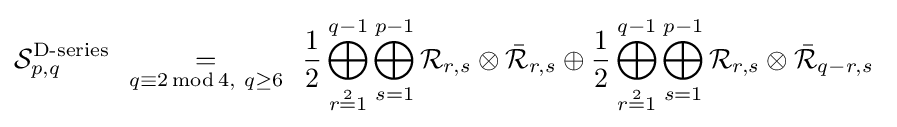
{\mathcal {S}}_{p,q}^{\text{D-series}}\ \ {\underset {q\equiv 2\operatorname {mod} 4,\ q\geq 6}{=}}\ \ {\frac {1}{2}}\bigoplus _{r{\overset {2}{=}}1}^{q-1}\bigoplus _{s=1}^{p-1}{\mathcal {R}}_{r,s}\otimes {\bar {\mathcal {R}}}_{r,s}\oplus {\frac {1}{2}}\bigoplus _{r{\overset {2}{=}}1}^{q-1}\bigoplus _{s=1}^{p-1}{\mathcal {R}}_{r,s}\otimes {\bar {\mathcal {R}}}_{q-r,s}\